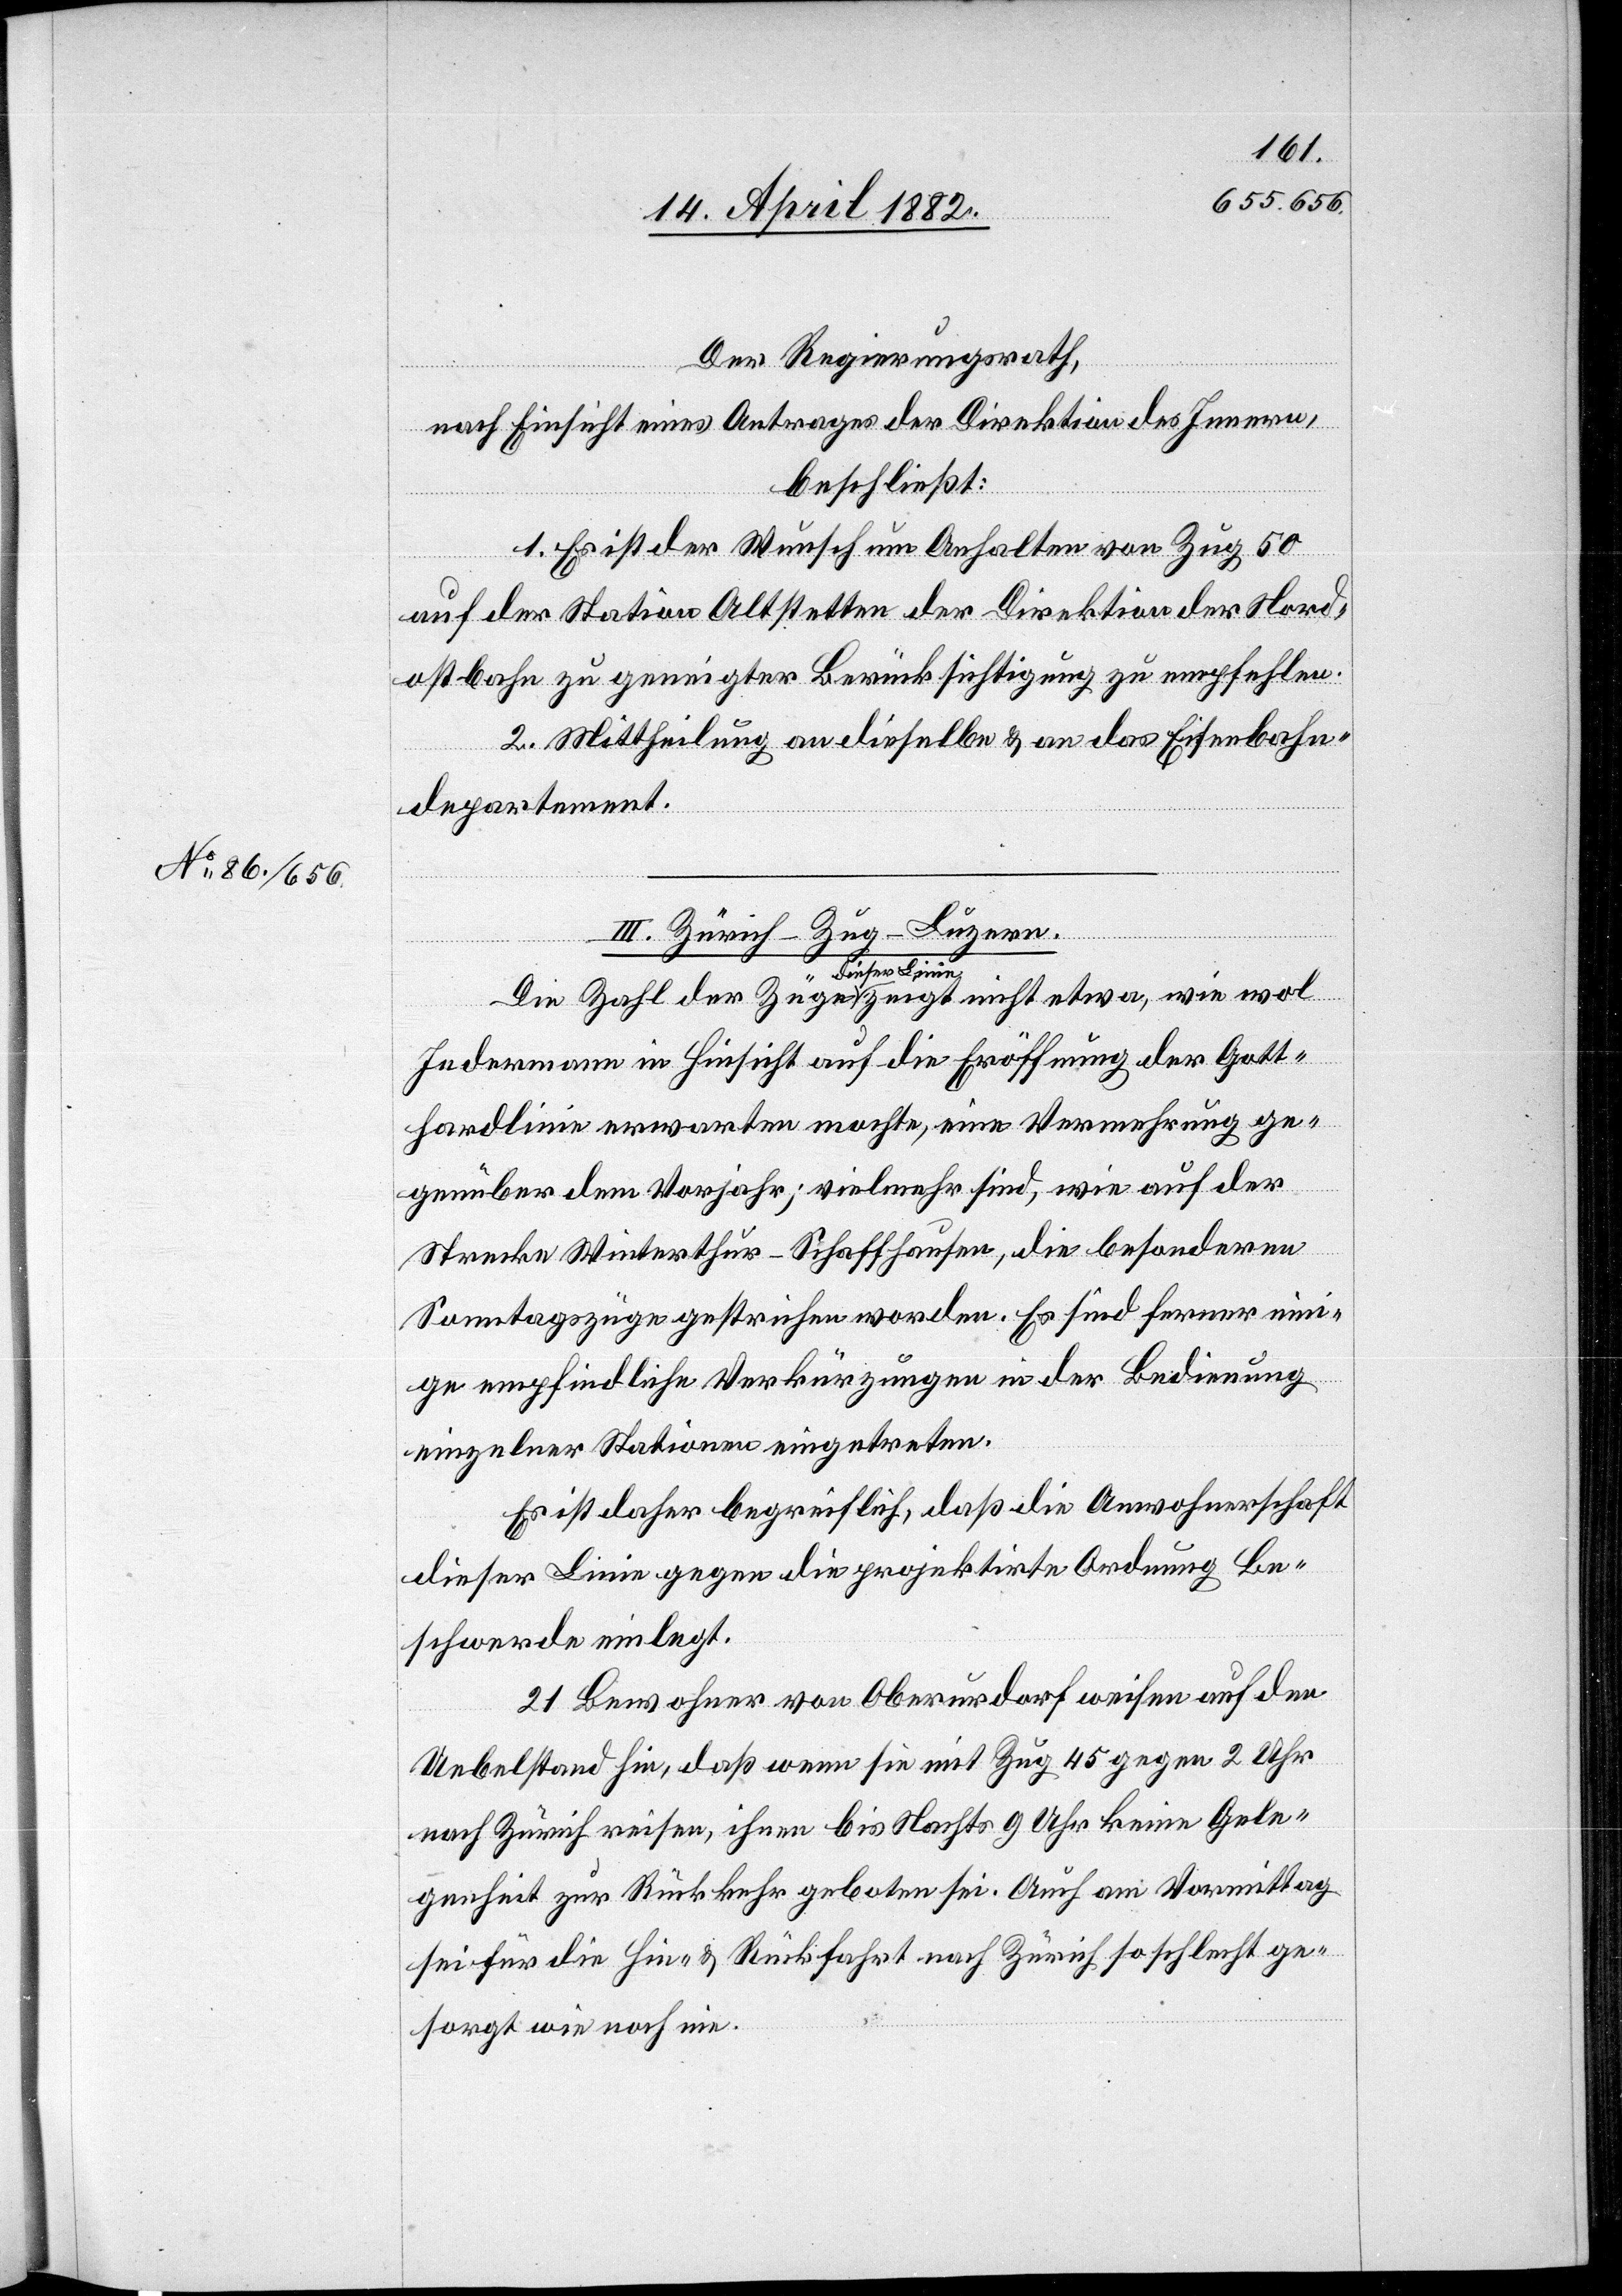
Der Regierungsrath,
nach Einsicht eines Antrages der Direktion des Innern,
beschließt:
1. Es ist der Wunsch um Anhalten von Zug 50
auf der Station Altstetten der Direktion der Nord¬
ostbahn zu geneigter Berücksichtigung zu empfehlen.
2. Mittheilung an dieselbe & an das Eisenbahn¬
departement.
III. Zürich–Zug–Luzern.
dieser Linie
Jedermann in Hinsicht auf die Eröffnung der Gott¬
hardlinie erwarten mochte, eine Vermehrung ge¬
genüber dem Vorjahr; vielmehr sind, wie auf der
Strecke Winterthur–Schaffhausen, die besonderen
Sonntagszüge gestrichen worden. Es sind ferner ein¬
ige empfindliche Verkürzungen in der Bedienung
einzelner Stationen eingetreten.
Es ist daher begreiflich, daß die Anwohnerschaft
dieser Linie gegen die projektirte Ordnung Be¬
schwerde einlegt.
21 Bewohner von Oberurdorf weisen auf den
Uebelstand hin, daß wenn sie mit Zug 45 gegen 2 Uhr
nach Zürich reisen, ihnen bis Nachts 9 Uhr keine Gele¬
genheit zur Rückkehr geboten sei. Auch am Vormittag
sei für die Hin- & Rückfahrt nach Zürich so schlecht ge¬
sorgt wie noch nie.